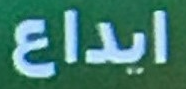
ايداع